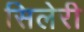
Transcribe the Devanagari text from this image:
सिलेरी